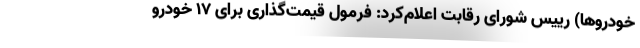
خودروها) رییس شورای رقابت اعلام‌کرد: فرمول قیمت‌گذاری برای ۱۷ خودرو